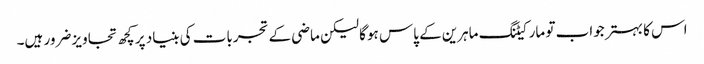
اس کا بہتر جواب تو مارکیٹنگ ماہرین کے پاس ہوگا لیکن ماضی کے تجربات کی بنیاد پر کچھ تجاویز ضرور ہیں۔